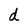
Character: d